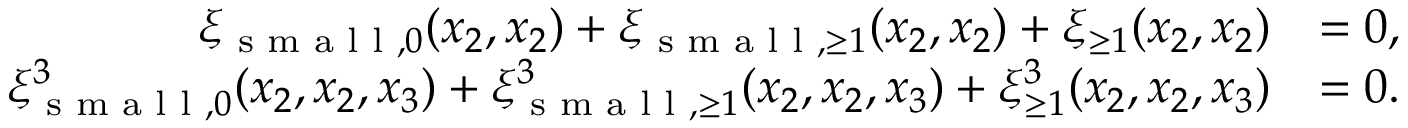
\begin{array} { r l } { \xi _ { \textnormal { s m a l l } , 0 } ( x _ { 2 } , x _ { 2 } ) + \xi _ { \textnormal { s m a l l } , \geq 1 } ( x _ { 2 } , x _ { 2 } ) + \xi _ { \geq 1 } ( x _ { 2 } , x _ { 2 } ) } & { = 0 , } \\ { \xi _ { \textnormal { s m a l l } , 0 } ^ { 3 } ( x _ { 2 } , x _ { 2 } , x _ { 3 } ) + \xi _ { \textnormal { s m a l l } , \geq 1 } ^ { 3 } ( x _ { 2 } , x _ { 2 } , x _ { 3 } ) + \xi _ { \geq 1 } ^ { 3 } ( x _ { 2 } , x _ { 2 } , x _ { 3 } ) } & { = 0 . } \end{array}